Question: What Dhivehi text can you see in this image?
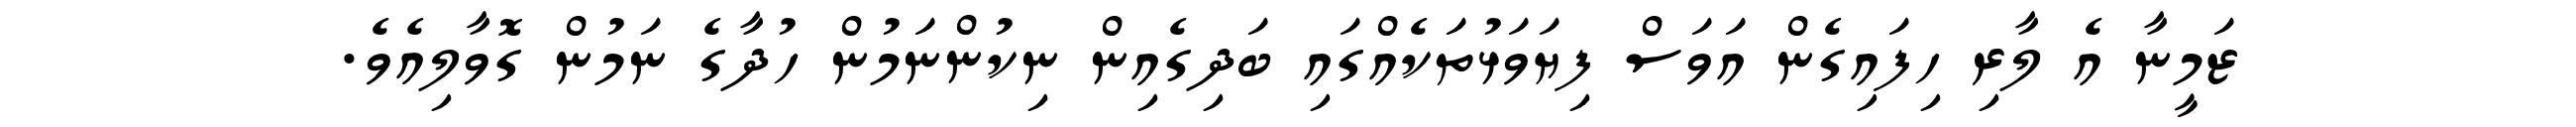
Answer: ޒަމީނާ އެ ލާރި ހިފައިގެން އަވަސް ފިޔަވަޅުތަކެއްގައި ބަދިގެއިން ނިކުންނަމުން ހުދާގެ ނަމުން ގޮވާލިއެވެ.